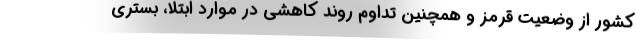
کشور از وضعیت قرمز و همچنین تداوم روند کاهشی در موارد ابتلا، بستری